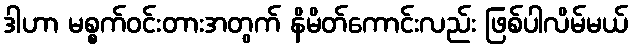
ဒါဟာ မစ္စက်ဝင်းတားအတွက် နိမိတ်ကောင်းလည်း ဖြစ်ပါလိမ်မယ်